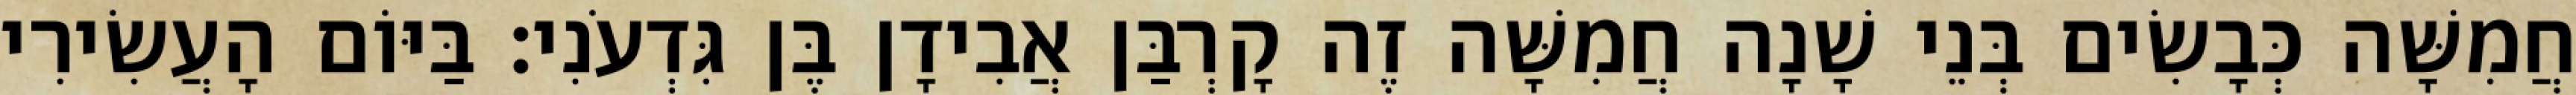
חֲמִשָּׁה כְּבָשִׂים בְּנֵי שָׁנָה חֲמִשָּׁה זֶה קָרְבַּן אֲבִידָן בֶּן גִּדְעֹנִי׃ בַּיּוֹם הָעֲשִׂירִי